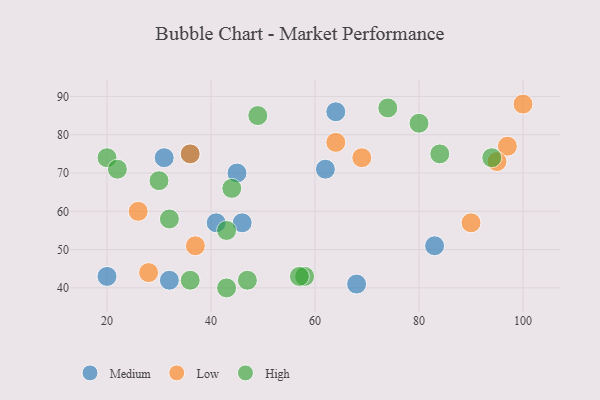
{"axis": {"x": "GDP", "y": "Life Expectancy"}, "legend": ["High", "Low", "Medium"], "data": [{"x": "36", "y": 75, "type": "Medium"}, {"x": "20", "y": 43, "type": "Medium"}, {"x": "46", "y": 57, "type": "Medium"}, {"x": "68", "y": 41, "type": "Medium"}, {"x": "62", "y": 71, "type": "Medium"}, {"x": "64", "y": 86, "type": "Medium"}, {"x": "45", "y": 70, "type": "Medium"}, {"x": "31", "y": 74, "type": "Medium"}, {"x": "32", "y": 42, "type": "Medium"}, {"x": "83", "y": 51, "type": "Medium"}, {"x": "41", "y": 57, "type": "Medium"}, {"x": "97", "y": 77, "type": "Low"}, {"x": "64", "y": 78, "type": "Low"}, {"x": "90", "y": 57, "type": "Low"}, {"x": "95", "y": 73, "type": "Low"}, {"x": "37", "y": 51, "type": "Low"}, {"x": "36", "y": 75, "type": "Low"}, {"x": "26", "y": 60, "type": "Low"}, {"x": "28", "y": 44, "type": "Low"}, {"x": "100", "y": 88, "type": "Low"}, {"x": "69", "y": 74, "type": "Low"}, {"x": "44", "y": 66, "type": "High"}, {"x": "20", "y": 74, "type": "High"}, {"x": "43", "y": 40, "type": "High"}, {"x": "58", "y": 43, "type": "High"}, {"x": "57", "y": 43, "type": "High"}, {"x": "32", "y": 58, "type": "High"}, {"x": "30", "y": 68, "type": "High"}, {"x": "94", "y": 74, "type": "High"}, {"x": "47", "y": 42, "type": "High"}, {"x": "49", "y": 85, "type": "High"}, {"x": "80", "y": 83, "type": "High"}, {"x": "74", "y": 87, "type": "High"}, {"x": "22", "y": 71, "type": "High"}, {"x": "36", "y": 42, "type": "High"}, {"x": "43", "y": 55, "type": "High"}, {"x": "84", "y": 75, "type": "High"}]}